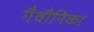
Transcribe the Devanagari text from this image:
गैवौनिका